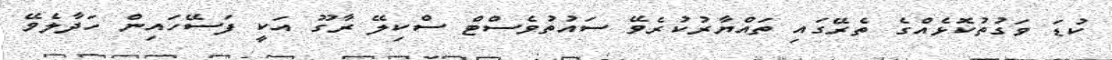
ކުޑަ ވަގުތުކޮޅެއްގެ ތެރޭގައި ތައްޔާރުކުރެވޭ ސައުތުވެސްޓް ސްކިލޭ ރާގޫ އަކީ ފަސޭހައިން ހަދާލެވޭ